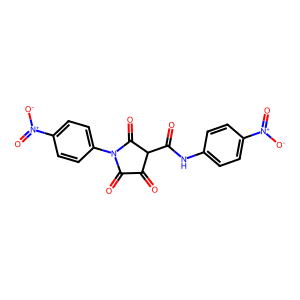
SMILES: O=C(Nc1ccc([N+](=O)[O-])cc1)C1C(=O)C(=O)N(c2ccc([N+](=O)[O-])cc2)C1=O
Inhibits HIV replication: No